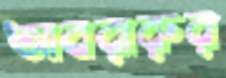
আবরারুর